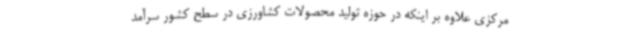
مرکزی علاوه بر اینکه در حوزه تولید محصولات کشاورزی در سطح کشور سرآمد